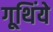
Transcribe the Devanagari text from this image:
गूथिंये